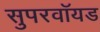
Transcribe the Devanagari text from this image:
सुपरवॉयड